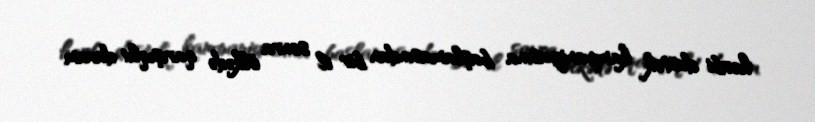
hərbi dəstək kampaniyasına başlamasından bir il sonra ölkədə qarışıqlı1 davam